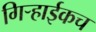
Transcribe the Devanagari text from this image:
गिर्‍हाईकच